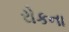
રોકના